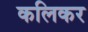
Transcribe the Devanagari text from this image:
कलिकर